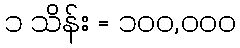
၁ သိန်း = ၁၀၀,၀၀၀